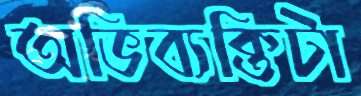
অভিব্যক্তিটা